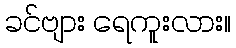
ခင်ဗျား ရေကူးလား။